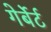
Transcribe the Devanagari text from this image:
गेर्बेर्ट